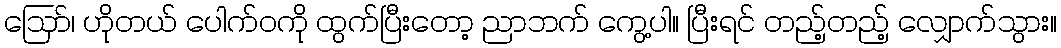
ဪ၊ ဟိုတယ် ပေါက်ဝကို ထွက်ပြီးတော့ ညာဘက် ကွေ့ပါ။ ပြီးရင် တည့်တည့် လျှောက်သွား။